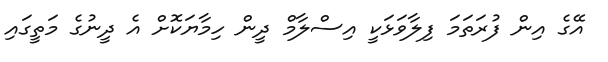
އޭގެ އިން ފުރަތަމަ ފިލާވަޅަކީ އިސްލާމް ދީން ހިމާޔަކޮށް އެ ދީނުގެ މަތީގައި